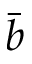
\bar { b }